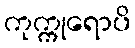
ကုက္ကုရောပိ